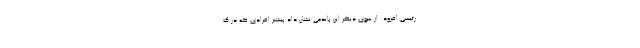
رئیسی افزود: از سوی دیگر این پاندمی نشان داد بیشتر افرادی که در ک